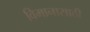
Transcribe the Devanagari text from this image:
विमानासाठी